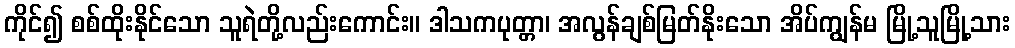
ကိုင်၍ စစ်ထိုးနိုင်သော သူရဲတို့လည်းကောင်း။ ဒါသကပုတ္တာ၊ အလွန်ချစ်မြတ်နိုးသော အိပ်ကျွန်မ မြို့သူမြို့သား